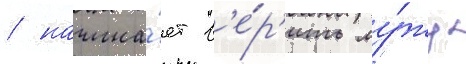
/ начина́ет в'е́р'ить му́жу